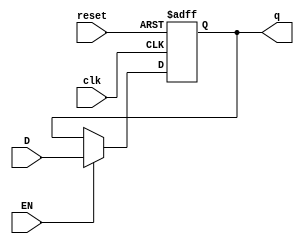
module ffds (q, D, clk, EN, reset);
    output reg [7:0] q;
    input [7:0] D;
	 input EN;
	 input clk, reset;
   

   always @ (posedge(clk), posedge(reset)) begin
	 
      if 		(reset == 1'b1) 		q <= 1'b1;
		else if 	(EN == 1'b1)			q <= D;
	
	end

endmodule